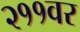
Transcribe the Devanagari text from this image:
२११वर